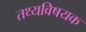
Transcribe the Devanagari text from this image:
तथ्यविषयक